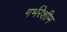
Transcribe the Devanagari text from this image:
गर्भरेशीम